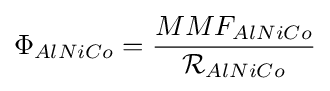
\Phi _{AlNiCo}={\frac {MMF_{AlNiCo}}{{\mathcal {R}}_{AlNiCo}}}